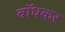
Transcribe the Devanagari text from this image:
बाॅधकर